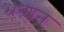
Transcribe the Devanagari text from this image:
भ्रन्शन